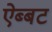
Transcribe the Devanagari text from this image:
ऐब्बट